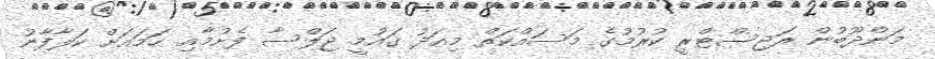
މަންދޫބުން ރަޖިސްޓްރީ ކުރުމުގެ މަސައްކަތް މިއަދު ޤައުމީ ޖަލްސާ ފެށުމާއި ހަމައަށް ކަލާފާނު